Leaving Certificate Examination, 1914
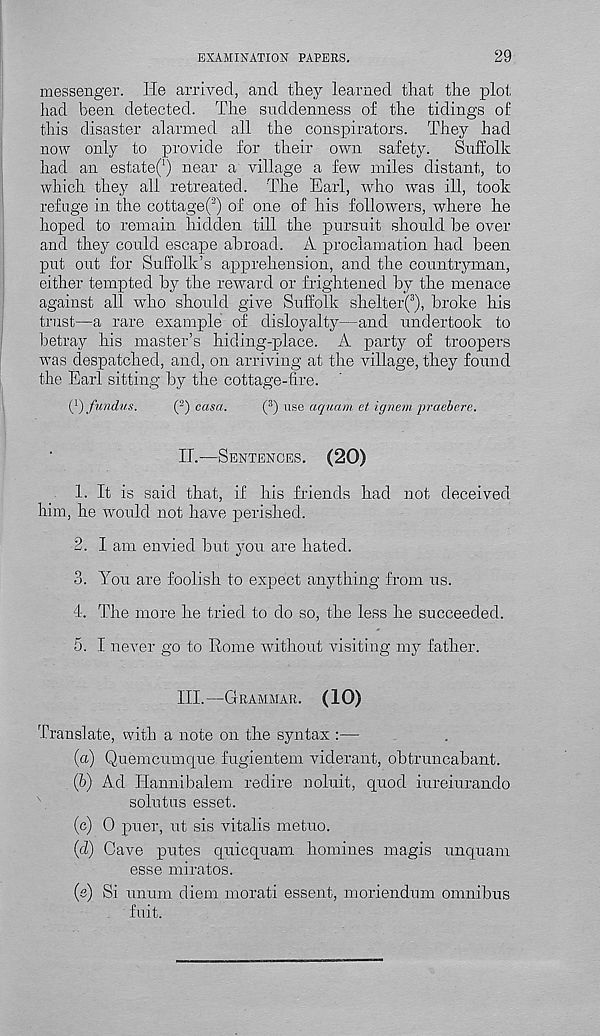
EXAMINATION PAPERS.
29
messenger. He arrived, and they learned that the plot
had been detected. The suddenness of the tidings of
this disaster alarmed all the conspirators. They had
now only to provide for their own safety.
Suffolk
had an estatef) near a village a few miles distant, to
which they all retreated. The Earl, who was ill, took
refuge in the cottage( 2 ) of one of his followers, where he
hoped to remain hidden till the pursuit should be over
and they could escape abroad. A proclamation had been
put out for Suffolk’s apprehension, and the countryman,
either tempted by the reward or frightened by the menace
against all who should give Suffolk shelterQ, broke his
trust—a rare example of disloyalty—and undertook to
betray his master’s hiding-place. A party of troopers
was despatched, and, on arriving at the village, they found
the Earl sitting by the cottage-fire.
Q-') fundus.
( 2 ) casa.
( 3 ) use aquam et ignem praebere.
II.
—
1. It is said that, if his friends had not deceived
him, he would not have perished.
2. I am envied but vou are hated.
«/
3. You are foolish to expect anything from us.
4. The more he tried to do so, the less he succeeded.
5. I never go to Rome without visiting my father.
III.
—
Translate, with a note on the syntax :—
(a) Quemcumque fugi'entem viderant, obtruncabant.
(b) Ad Ilannibaleni redire noluit, quod iureiurando
solutus esset.
(c) 0 puer, ut sis vitalis metuo.
id) Cave putes quicquam homines magis unquam
esse miratos.
(e) Si unum diem morati essent, moriendum omnibus
fuit.